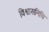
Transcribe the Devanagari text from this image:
विश्वासनिधि